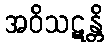
အဝိသဋန္တိ